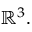
\mathbb { R } ^ { 3 } .